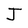
Character: J